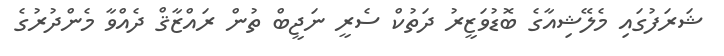
ޝަރަފުގައި މެލޭޝިއާގެ ބޮޑުވަޒީރު ދަތުކް ސެރީ ނަޖީބް ތުން ރައްޒާޤް ދެއްވާ މެންދުރުގެ